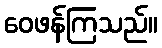
ဝေဖန်ကြသည်။